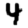
Digit: 4